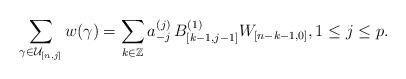
LaTeX: \begin{align*}\sum_{\gamma\in\mathcal{U}_{[n,j]}}w(\gamma)=\sum_{k\in\mathbb{Z}}a_{-j}^{(j)}\,B_{[k-1,j-1]}^{(1)} W_{[n-k-1,0]},1\leq j\leq p.\end{align*}